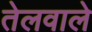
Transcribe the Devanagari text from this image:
तेलवाले